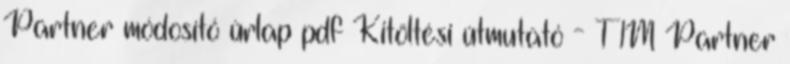
Partner módosító űrlap pdf Kitöltési útmutató - T1M Partner